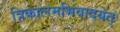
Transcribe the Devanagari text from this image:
त्रिकालमभिवादयेत्